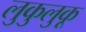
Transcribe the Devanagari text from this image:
लुकुलुकू